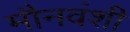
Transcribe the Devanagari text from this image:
मौनवंशी